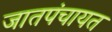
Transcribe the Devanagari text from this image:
जातपंचायत